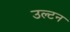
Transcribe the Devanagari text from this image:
उल्टन